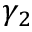
\gamma _ { 2 }